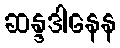
ဆန္ဒဒါနေန